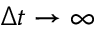
\Delta t \to \infty